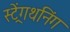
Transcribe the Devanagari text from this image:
स्ट्रेंगथनिंग